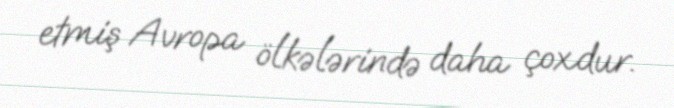
etmiş Avropa ölkələrində daha çoxdur.